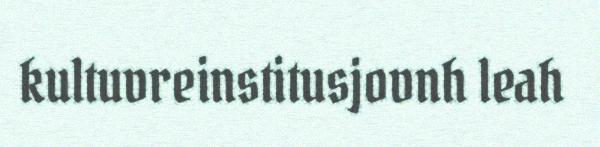
kultuvreinstitusjovnh leah